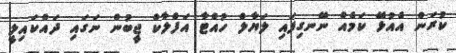
ކުރަން އެއުޅޭ ކަމެއް ނޭނގިފައި ލަޔާލް ހުއްޓާ އަފްލާކް ޖީބުން ނަގައި ދައްކައިލީ